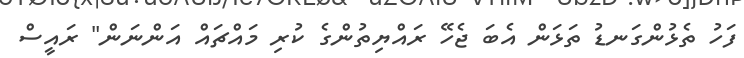
ފަހު ތެޅުންގަނޑު ތަޅަން އެބަ ޖެހޭ ރައްޔިތުންގެ ކުރި މައްޗައް އަންނަން" ރައީސް